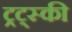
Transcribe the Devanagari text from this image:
ट्रट्स्की